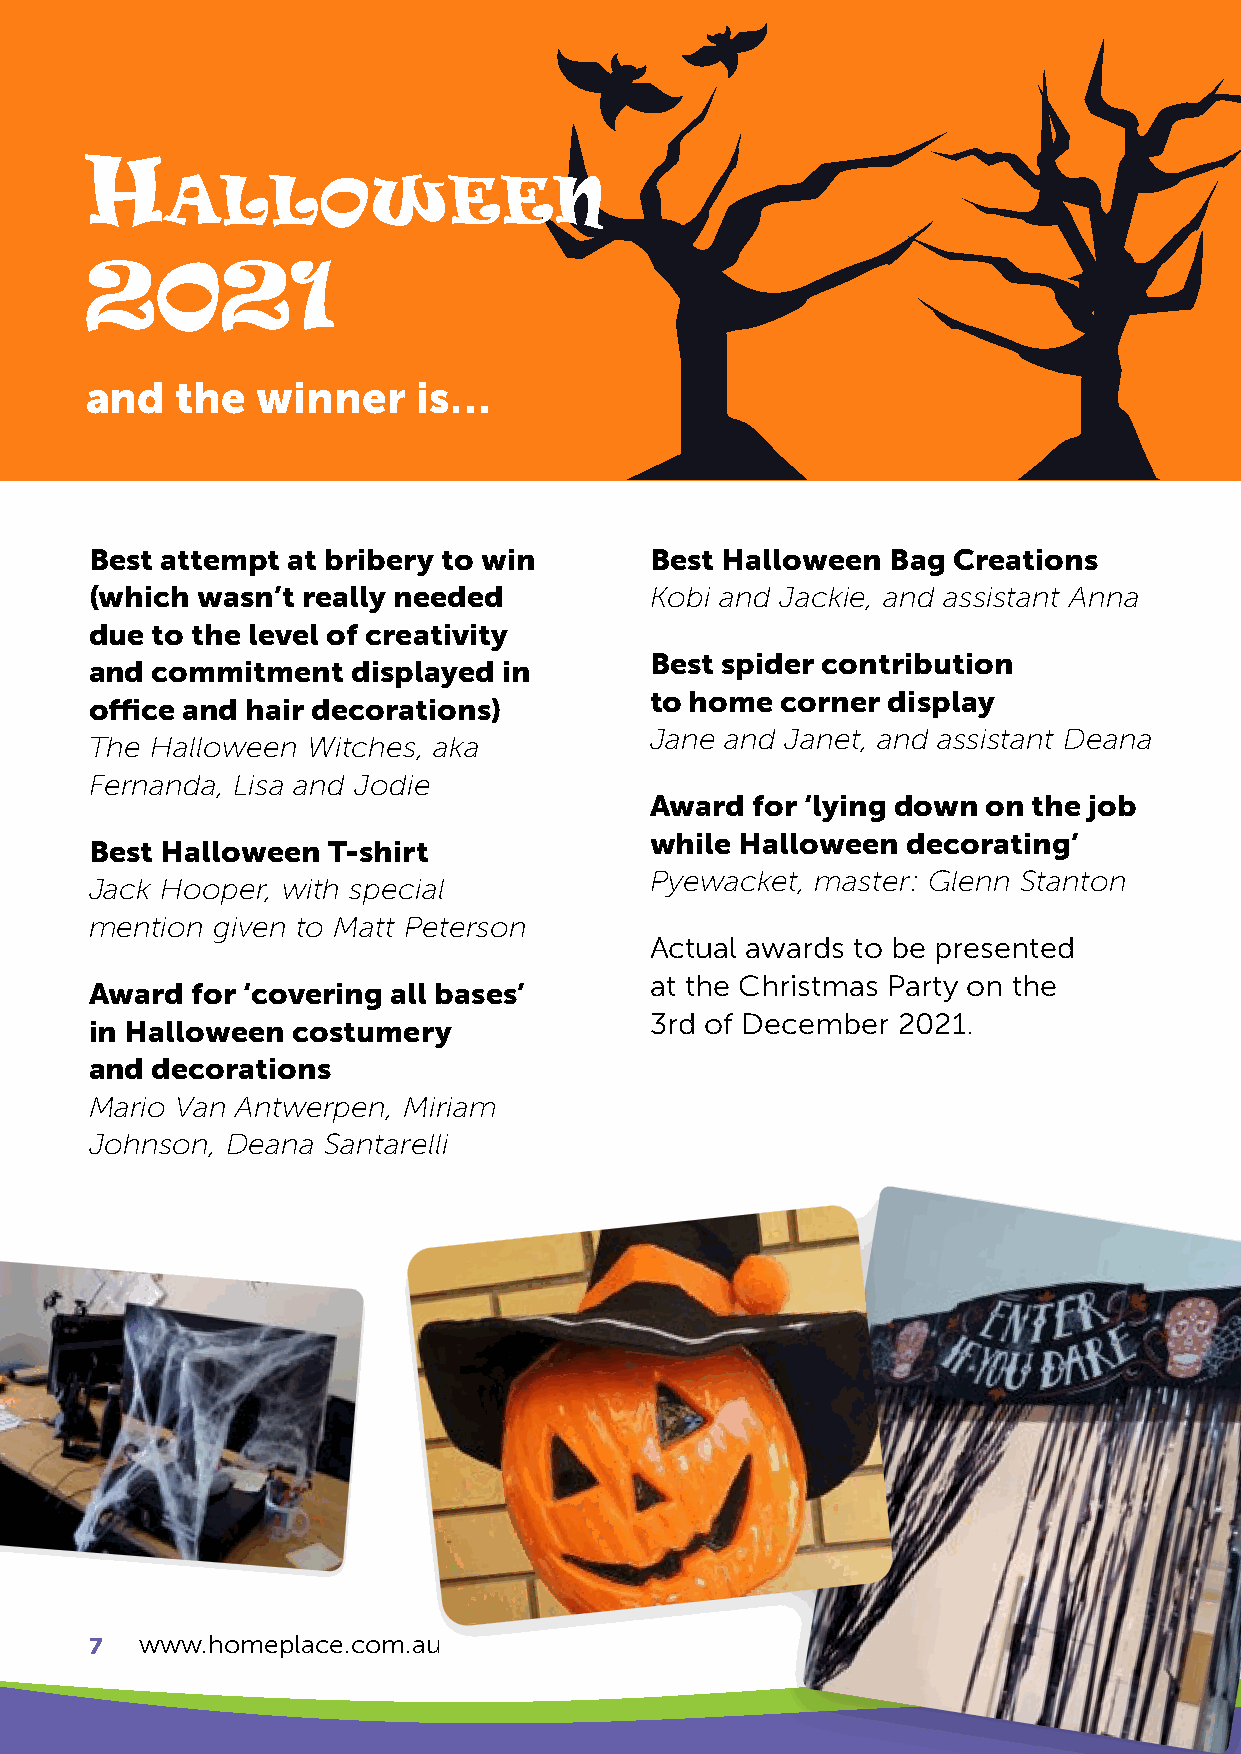
H
 alloween
 2021
 and   the  winner     is…
 Best attempt at bribery to win       Best Halloween  Bag Creations
 (which wasn’t really needed          Kobi and Jackie, and assistant Anna
 due to the level of creativity
 Best spider contribution
 and commitment   displayed in
 to home  corner display
 office and hair decorations)
 Jane and Janet, and assistant Deana
 The Halloween Witches, aka
 Fernanda, Lisa and Jodie
 Award  for ‘lying down on the job
 while Halloween  decorating’
 Best Halloween  T-shirt
 Pyewacket, master: Glenn Stanton
 Jack Hooper, with special
 mention given to Matt Peterson
 Actual awards to be presented
 at the Christmas Party on the
 Award  for ‘covering all bases’
 3rd of December 2021.
 in Halloween costumery
 and decorations
 Mario Van Antwerpen, Miriam
 Johnson, Deana Santarelli
 7  www.homeplace.com.au